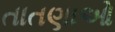
તાતણાઓ